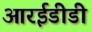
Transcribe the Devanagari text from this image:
आरईडीडी